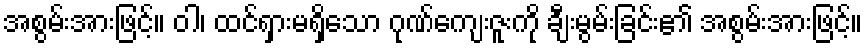
အစွမ်းအားဖြင့်။ ဝါ၊ ထင်ရှားမရှိသော ဂုဏ်ကျေးဇူးကို ချီးမွမ်းခြင်း၏ အစွမ်းအားဖြင့်။